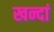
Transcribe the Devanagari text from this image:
खन्दां